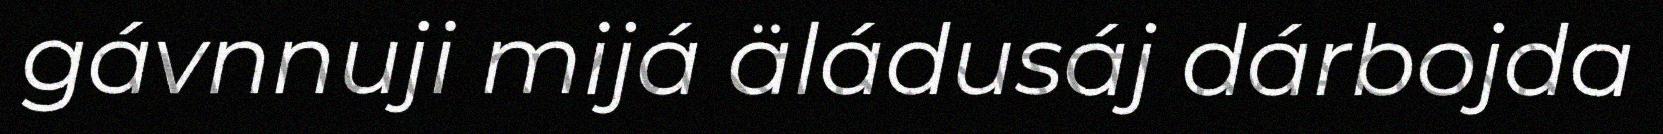
gávnnuji mijá äládusáj dárbojda